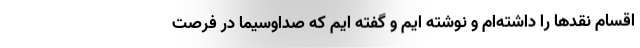
اقسام نقدها را داشته‌ام و نوشته ایم و گفته ایم که صداوسیما در فرصت